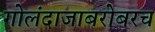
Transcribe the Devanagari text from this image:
गोलंदाजाबरोबरच